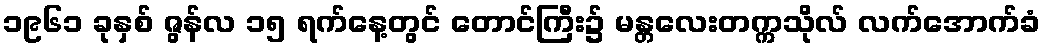
၁၉၆၁ ခုနှစ် ဇွန်လ ၁၅ ရက်နေ့တွင် တောင်ကြီး၌ မန္တလေးတက္ကသိုလ် လက်အောက်ခံ